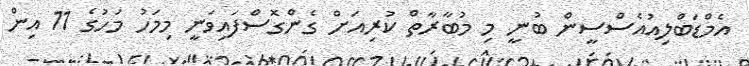
އެމްޑަބްލިއުއެސްސީން ބުނީ މި މުބާރާތް ކުރިއަށް ގެންގޮސްފައިވަނީ މިމަހު މަހުގެ 11 އިން